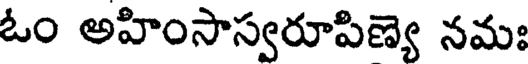
ఓం అహింసాస్వరూపిణ్యె నమః